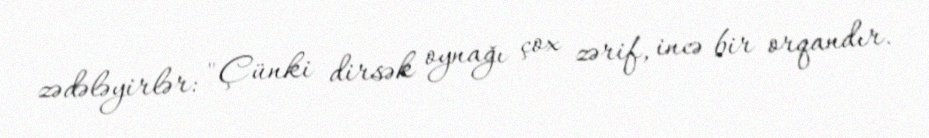
zədələyirlər: "Çünki dirsək oynağı çox zərif, incə bir orqandır.